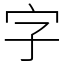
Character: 字